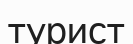
турист